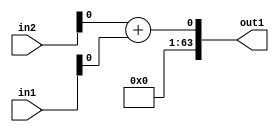
`timescale 1ps / 1ps
/*****************************************************************************
    Verilog RTL Description
    
    
    Created by: Stratus DpOpt 2019.1.01 
*******************************************************************************/

module GaussFilter_Add_64S_9_1 (
	in2,
	in1,
	out1
	); /* architecture "behavioural" */ 
input [63:0] in2,
	in1;
output [63:0] out1;
wire  asc001;

assign asc001 = 
	+(in2[0])
	+(in1[0]);

assign out1 = {{63{1'B0}}, asc001};
endmodule

/* CADENCE  ubH5Tgg= : u9/ySgnWtBlWxVPRXgAZ4Og= ** DO NOT EDIT THIS LINE ******/